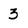
Character: 3